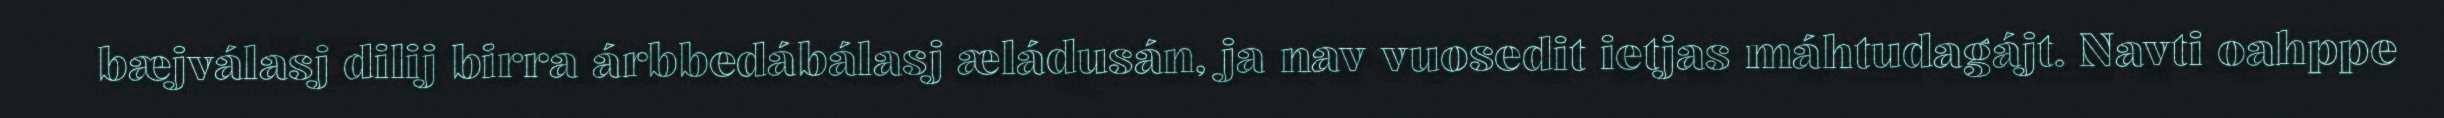
bæjválasj dilij birra árbbedábálasj æládusán, ja nav vuosedit ietjas máhtudagájt. Navti oahppe